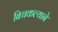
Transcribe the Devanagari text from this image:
बिचकल्याने